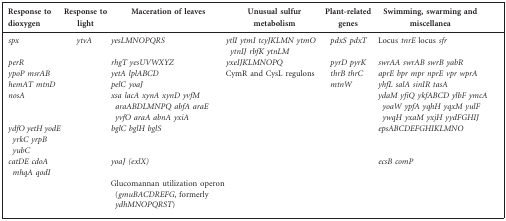
<table><thead><tr><td><b>Response to dioxygen</b></td><td><b>Response to light</b></td><td><b>Maceration of leaves</b></td><td><b>Unusual sulfur metabolism</b></td><td><b>Plant-related genes</b></td><td><b>Swimming, swarming and miscellanea</b></td></tr></thead><tbody><tr><td><i>spx</i></td><td><i>ytvA</i></td><td><i>yesLMNOPQRS</i></td><td><i>ytlI ytmI tcyJKLMN ytmO ytnIJ rbfK ytnLM</i></td><td><i>pdxS pdxT</i></td><td>Locus <i>tnrE</i> locus <i>sfr</i></td></tr><tr><td><i>perR</i></td><td></td><td><i>rhgT yesUVWXYZ</i></td><td><i>yxeIJKLMNOPQ</i></td><td><i>pyrD pyrK</i></td><td><i>swrAA swrAB swrB yabR</i></td></tr><tr><td><i>ypoP msrAB</i></td><td></td><td><i>yetA lplABCD</i></td><td>CymR and CysL regulons</td><td><i>thrB thrC</i></td><td><i>aprE bpr mpr nprE vpr wprA</i></td></tr><tr><td><i>hemAT mtnD</i></td><td></td><td><i>pelC yoaJ</i></td><td></td><td><i>mtnW</i></td><td><i>yhfL salA sinIR tasA</i></td></tr><tr><td><i>nosA</i></td><td></td><td><i>xsa lacA xynA xynD yvfM araABDLMNPQ abfA araE yvfO araA abnA yxiA</i></td><td></td><td></td><td><i>ydaM yfiQ ykfABCD ylbF ymcA yoaW ypfA yqhH yqxM yulF ywqH yxaM yxjH yydFGHIJ</i></td></tr><tr><td><i>ydfO yetH yodE yrkC yrpB yubC</i></td><td></td><td><i>bglC bglH bglS</i></td><td></td><td></td><td><i>epsABCDEFGHIKLMNO</i></td></tr><tr><td><i>catDE cdoA mhqA qodI</i></td><td></td><td><i>yoaJ (exlX)</i></td><td></td><td></td><td><i>ecsB comP</i></td></tr><tr><td></td><td></td><td>Glucomannan utilization operon (<i>gmuBACDREFG</i>, formerly <i>ydhMNOPQRST</i>)</td><td></td><td></td><td></td></tr></tbody></table>